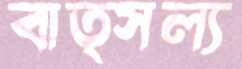
বাত্সল্য